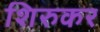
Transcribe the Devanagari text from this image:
शिरुकर